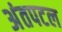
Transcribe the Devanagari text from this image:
अंतपटल